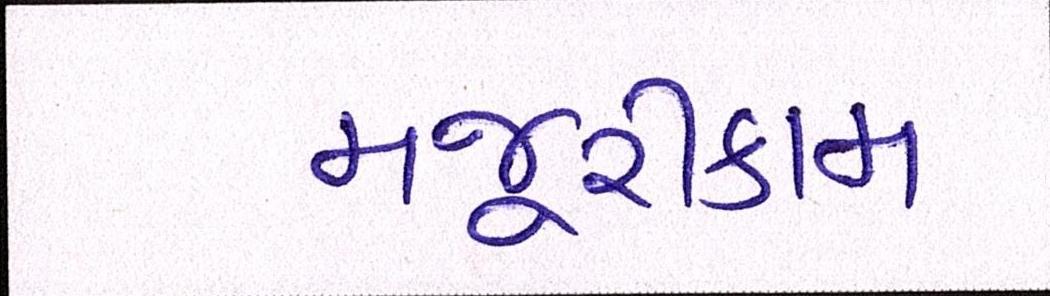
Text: મજૂરીકામ